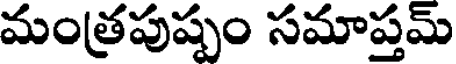
మంత్రపుష్పం సమాప్తమ్